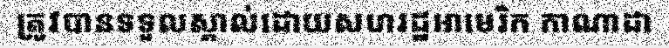
ត្រូវបានទទួលស្គាល់ដោយសហរដ្ឋអាមេរិក កាណាដា